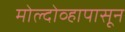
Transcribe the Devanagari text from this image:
मोल्दोव्हापासून